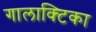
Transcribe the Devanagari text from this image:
गालाक्टिका